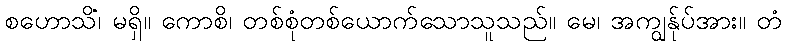
စဟောသိံ၊ မရှိ။ ကောစိ၊ တစ်စုံတစ်ယောက်သောသူသည်။ မေ၊ အကျွန်ုပ်အား။ တံ